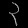
Digit: ၃